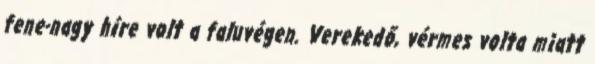
fene-nagy híre volt a faluvégen. Verekedő, vérmes volta miatt